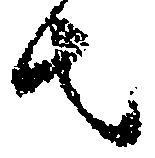
者